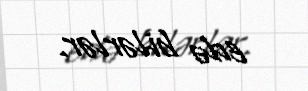
edə bilərlər.